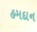
હમદાન